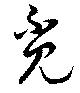
覔